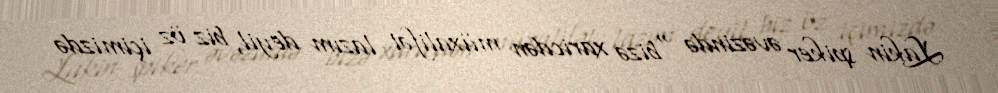
Lakin spiker əvəzində “bizə xaricdən müxalifət lazım deyil, biz öz içimizdə